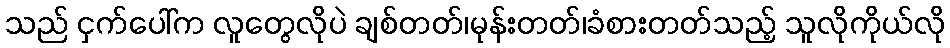
သည် ငှက်ပေါ်က လူတွေလိုပဲ ချစ်တတ်၊မုန်းတတ်၊ခံစားတတ်သည့် သူလိုကိုယ်လို